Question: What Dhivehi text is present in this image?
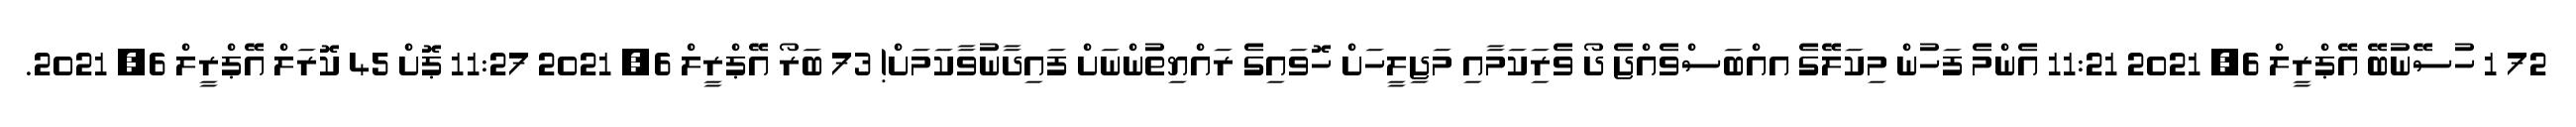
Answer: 72 1 ހުސޭނުބޭ އޭޕްރީލް 6, 2021 11:21 އެންމެ ފަހުން މިކަލޭގެ އއްބަސްވެއްޖެ ދޯ ވެރިަކަމާއި މަޖިލީހަށް ހޮވައިގެ ރައްޔިތުންނަށް ފައިދާނުވާކަމަށް! 73 ބަރޯ އޭޕްރީލް 6, 2021 11:27 ޕޮށް 45 ކޮރަލް އޭޕްރީލް 6, 2021.